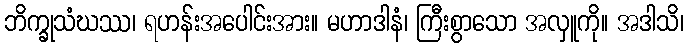
ဘိက္ခုသံဃဿ၊ ရဟန်းအပေါင်းအား။ မဟာဒါနံ၊ ကြီးစွာသော အလှူကို။ အဒါသိ၊